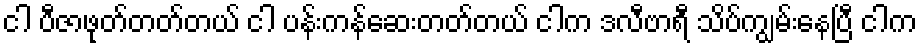
ငါ ပီဇာဖုတ်တတ်တယ် ငါ ပန်းကန်ဆေးတတ်တယ် ငါက ဒလီဗာရီ သိပ်ကျွမ်းနေပြီ ငါက